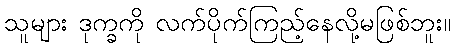
သူများ ဒုက္ခကို လက်ပိုက်ကြည့်နေလို့မဖြစ်ဘူး။